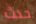
حدث